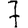
Digit: 7